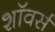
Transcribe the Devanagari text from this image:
शॉवर्स